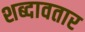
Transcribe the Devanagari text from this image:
शब्दावतार